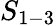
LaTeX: S_{1-3}